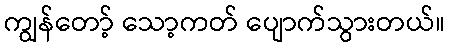
ကျွန်တော့် သော့ကတ် ပျောက်သွားတယ်။